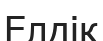
Елдік